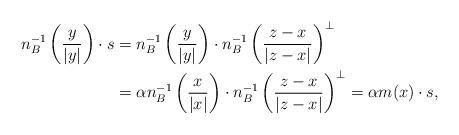
LaTeX: \begin{align*} n^{-1}_B \left(\frac{y}{|y|} \right)\cdot s & =n^{-1}_B \left(\frac{y}{|y|} \right) \cdot n_{B}^{-1} \left( \frac{z-x}{|z-x|} \right)^{\perp} \\ & = \alpha n^{-1}_B\left(\frac{x}{|x|} \right) \cdot n_{B}^{-1} \left( \frac{z-x}{|z-x|} \right)^{\perp} = \alpha m(x) \cdot s,\end{align*}